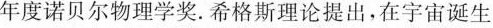
年度诺贝尔物理学奖。希格斯理论提出，在宇宙诞生